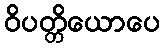
ဝိပတ္တိယောပေ